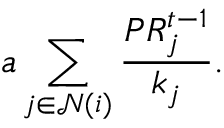
a \sum _ { j \in \mathcal { N } ( i ) } \frac { P R _ { j } ^ { t - 1 } } { k _ { j } } .